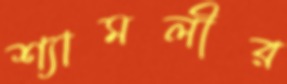
শ্যামলীর